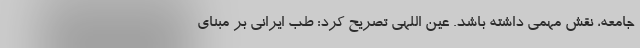
جامعه، نقش مهمی داشته باشد. عین اللهی تصریح کرد: طب ایرانی بر مبنای